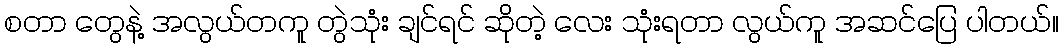
စတာ တွေနဲ့ အလွယ်တကူ တွဲသုံး ချင်ရင် ဆိုတဲ့ လေး သုံးရတာ လွယ်ကူ အဆင်ပြေ ပါတယ်။